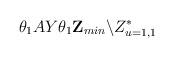
LaTeX: \begin{align*}\theta _{1}AY\theta _{1}\mathbf{Z}_{min}\backslash Z_{u=1,1}^{\ast }\end{align*}